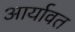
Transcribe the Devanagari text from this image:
आर्यावत